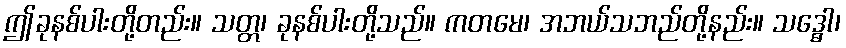
ဤခုနစ်ပါးတို့တည်း။ သတ္တ၊ ခုနစ်ပါးတို့သည်။ ကတမေ၊ အဘယ်သဘည်တို့နည်း။ သဒ္ဓေါ၊